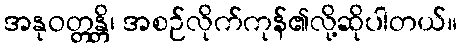
အနုဝတ္တန္တိ၊ အစဉ်လိုက်ကုန်၏လို့ဆိုပါတယ်။